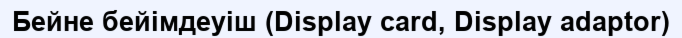
Бейне бейімдеуіш (Display card, Display adaptor)